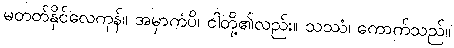
မတတ်နိုင်လေကုန်။ အမှာကံပိ၊ ငါတို့၏လည်း။ သဿံ၊ ကောက်သည်။